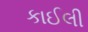
કાઈલી